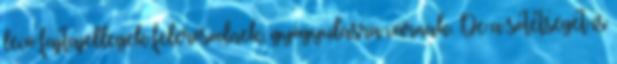
lévő fajtajellegek felerősödnek, gyógyulásra várnak. De a sötétséget is